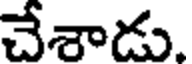
చేశాడు.